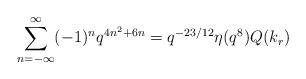
LaTeX: \begin{align*}\sum^{\infty}_{n=-\infty}(-1)^nq^{4n^2+6n}=q^{-23/12}\eta(q^8)Q(k_r)\end{align*}